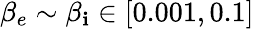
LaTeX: \beta_{e}\sim\beta_{\mathbf{i}}\in\left[0.001,0.1\right]